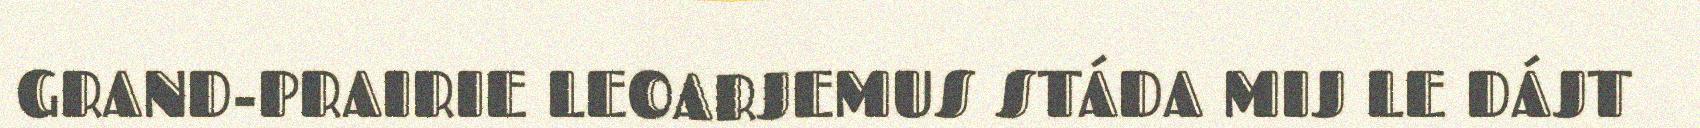
GRAND-PRAIRIE LEOARJEMUS STÁDA MIJ LE DÁJT